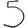
Digit: 5